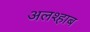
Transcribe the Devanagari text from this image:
अलश्हाब